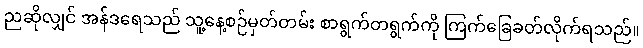
ညဆိုလျှင် အန်ဒရေသည် သူ့နေ့စဉ်မှတ်တမ်း စာရွက်တရွက်ကို ကြက်ခြေခတ်လိုက်ရသည်။